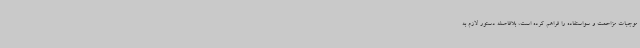
موجبات مزاحمت و سواستفاده را فراهم کرده است، بلافاصله دستور لازم به